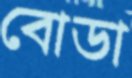
বোডা